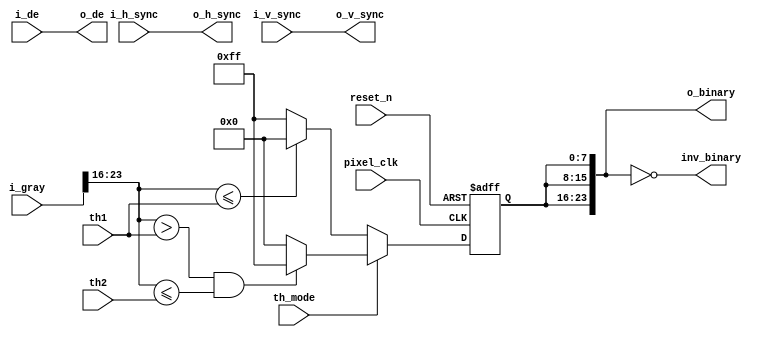


`timescale 1ns/1ps
module	threshold_binary#(
        parameter IMG_WIDTH_DATA = 24,
		parameter IMG_WIDTH_Y    = 8
        )(
        input						     pixel_clk,
        input                            reset_n,
     
		input                            th_mode,
		
		input  [IMG_WIDTH_Y-1:0]         th1,    
		
		input  [IMG_WIDTH_Y-1:0]         th2,    
        input [IMG_WIDTH_DATA-1:0]       i_gray,
        input                            i_h_sync,
        input                            i_v_sync,
        input                            i_de,
		
        output[IMG_WIDTH_DATA-1:0]       inv_binary,
        output[IMG_WIDTH_DATA-1:0]       o_binary,
        output                           o_h_sync,
        output                           o_v_sync,                                                                                                  
        output                           o_de                                                                                                
	    );
		 
wire [IMG_WIDTH_Y-1:0]	y;//Ycbcr --y
reg  [IMG_WIDTH_Y-1:0]  binary_r;
reg                     h_sync_r;
reg                     v_sync_r;
reg                     de_r;
reg                     h_sync_r1;
reg                     v_sync_r1;
reg                     de_r1;

assign y = i_gray[23:16]; 


always @(pixel_clk)begin
  h_sync_r<= i_h_sync;
  v_sync_r<= i_v_sync;
  de_r    <= i_de;
  
  h_sync_r1<= h_sync_r;
  v_sync_r1<= v_sync_r;
  de_r1 <= de_r;
end	

always @(posedge pixel_clk or negedge reset_n) begin
  if(!reset_n)
    binary_r <= 8'h00;
  else if(th_mode == 1'b0) begin 
    if(y <= th1) 
      binary_r <= 8'h00;
	else 
      binary_r <= 8'hFF;
  end
  else if(th_mode == 1'b1) begin
    if(y > th1 && y <= th2) 
      binary_r <= 8'hFF;
	else 
      binary_r <= 8'h00;
  end  
end 

assign o_binary = {binary_r,binary_r,binary_r};  
assign inv_binary = ~o_binary;

assign o_h_sync = h_sync_r1;
assign o_v_sync = v_sync_r1;
assign o_de     = de_r1;
						
endmodule